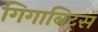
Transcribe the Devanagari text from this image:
गिगाबिट्स